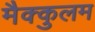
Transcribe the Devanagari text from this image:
मैक्कुलम